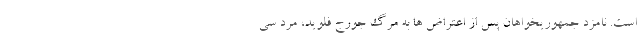
است. نامزد جمهوریخواهان پس از اعتراض ها به مرگ جورج فلوید، مرد سی